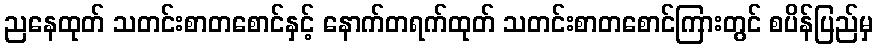
ညနေထုတ် သတင်းစာတစောင်နှင့် နောက်တရက်ထုတ် သတင်းစာတစောင်ကြားတွင် စပိန်ပြည်မှ